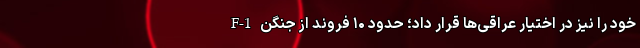
F-1 خود را نیز در اختیار عراقی‌ها قرار داد؛ حدود ۱۰ فروند از جنگن